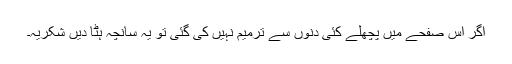
اگر اس صفحے میں پچھلے کئی دنوں سے ترمیم نہیں کی گئی تو یہ سانچہ ہٹا دیں شکریہ۔